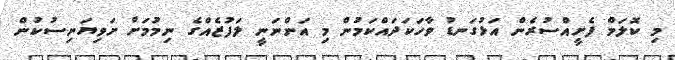
މި ކޮލަމް ފެށީއްސުރެން އަޅުގަނޑު ވާހަކަދައްކަމުން މި އަންނަނީ ލަފުޒެއްގެ ނިމުމަށް ށަވިޔަނިސުކުން